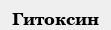
Гитоксин